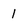
Character: 1